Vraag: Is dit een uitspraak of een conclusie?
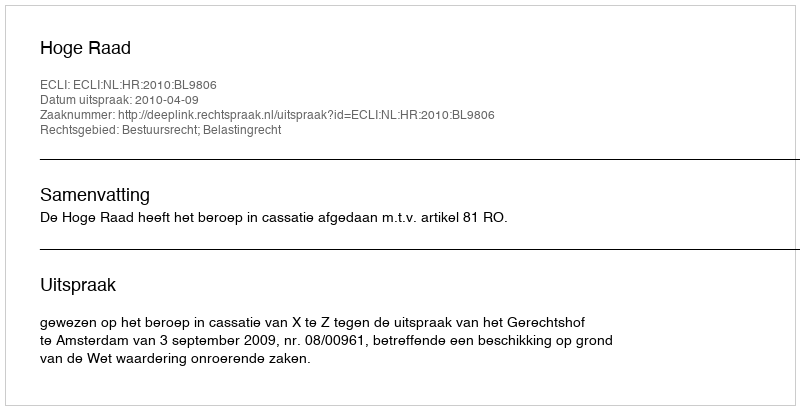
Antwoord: Uitspraak